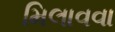
મિલાવવા